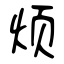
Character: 烦